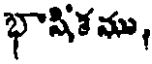
భాషిశము,